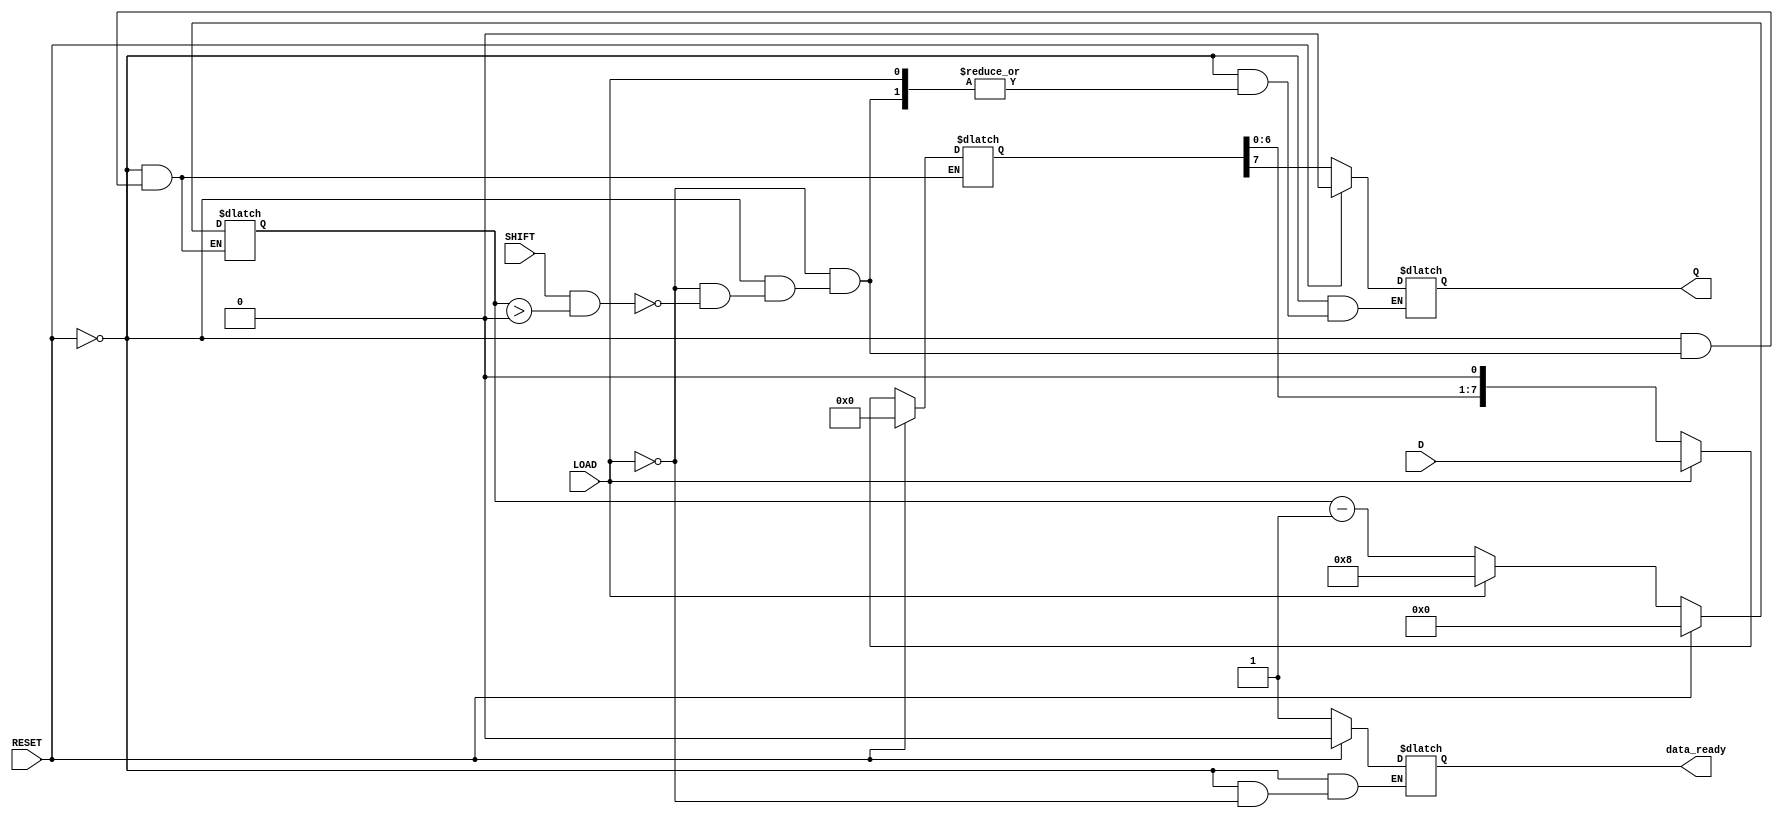
module PISO_Register #(
    parameter N = 8  // Width of the register
)(
    input wire [N-1:0] D,     // Parallel data inputs
    input wire LOAD,          // Load signal
    input wire SHIFT,         // Shift signal
    input wire RESET,         // Asynchronous reset
    output reg Q,             // Serial output
    output reg data_ready     // Data ready indicator (optional)
);

    reg [N-1:0] shift_reg;    // Internal shift register
    reg [3:0] bit_count;       // Counter for the bits shifted out

    // Asynchronous reset
    always @(*) begin
        if (RESET) begin
            shift_reg = 0;        // Clear the shift register
            Q = 0;                // Clear the serial output
            bit_count = 0;        // Reset bit counter
            data_ready = 0;       // Reset data ready indicator
        end else if (LOAD) begin
            shift_reg = D;        // Load parallel data into shift register
            bit_count = N;        // Set the bit count to N
            data_ready = 1;       // Indicate data is ready
        end else if (SHIFT && (bit_count > 0)) begin
            Q = shift_reg[N-1];   // Shift out the MSB (most significant bit)
            shift_reg = {shift_reg[N-2:0], 1'b0}; // Shift left
            bit_count = bit_count - 1; // Decrement the bit count
        end
    end

endmodule